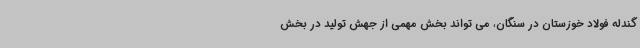
گندله فولاد خوزستان در سنگان، می تواند بخش مهمی از جهش تولید در بخش